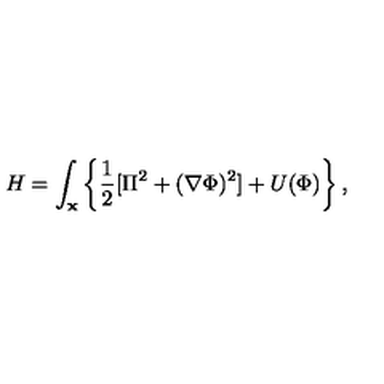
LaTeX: H = \int _ { \bf x } \left\{ \frac { 1 } { 2 } [ \Pi ^ { 2 } + ( { \bf \nabla } \Phi ) ^ { 2 } ] + U ( \Phi ) \right\} ,